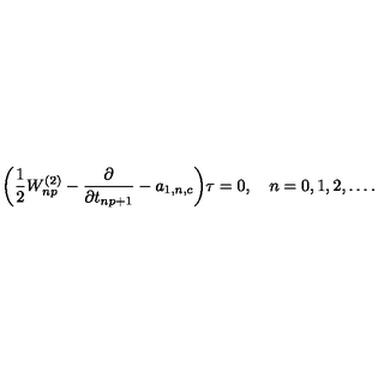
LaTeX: \biggl ( { \frac { 1 } { 2 } } W _ { n p } ^ { ( 2 ) } - { \frac { \partial } { \partial t _ { n p + 1 } } } - a _ { 1 , n , c } \biggr ) \tau = 0 , \quad n = 0 , 1 , 2 , \ldots .